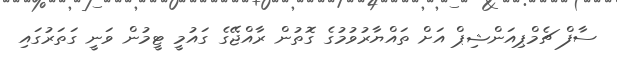
ސާފް ޗެމްޕިއަންޝިޕް އަށް ތައްޔާރުވުމުގެ ގޮތުން ރާއްޖޭގެ ގައުމީ ޓީމުން ވަނީ ގަތަރުގައި